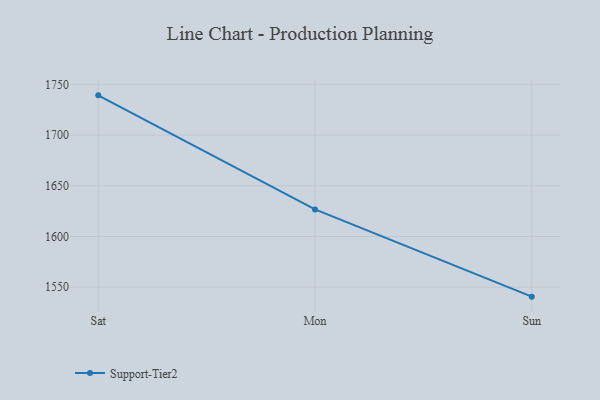
{"axis": {"x": "Day", "y": "Active Users"}, "legend": ["Support-Tier2"], "data": [{"x": "Sat", "y": 1739.2, "type": "Support-Tier2"}, {"x": "Mon", "y": 1626.7, "type": "Support-Tier2"}, {"x": "Sun", "y": 1540.6, "type": "Support-Tier2"}]}